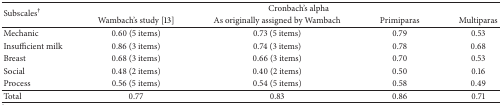
<table><thead><tr><td rowspan="2"><b>Subscales<sup>†</sup></b></td><td colspan="4"><b>Cronbach&#x27;s alpha </b></td></tr><tr><td><b>Wambach&#x27;s study [13]</b></td><td><b>As originally assigned by Wambach</b></td><td><b>Primiparas</b></td><td><b>Multiparas</b></td></tr></thead><tbody><tr><td>Mechanic </td><td>0.60 (5 items)</td><td>0.73 (5 items)</td><td>0.79</td><td>0.53</td></tr><tr><td>Insufficient milk</td><td>0.86 (3 items)</td><td>0.74 (3 items)</td><td>0.78</td><td>0.68</td></tr><tr><td>Breast </td><td>0.68 (3 items)</td><td>0.66 (3 items)</td><td>0.70</td><td>0.53</td></tr><tr><td>Social </td><td>0.48 (2 items)</td><td>0.40 (2 items)</td><td>0.50</td><td>0.16</td></tr><tr><td>Process </td><td>0.56 (5 items)</td><td>0.54 (5 items)</td><td>0.58</td><td>0.49</td></tr><tr><td>Total </td><td>0.77</td><td>0.83</td><td>0.86</td><td>0.71</td></tr></tbody></table>